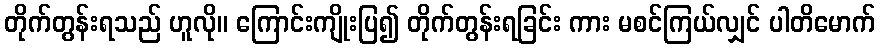
တိုက်တွန်းရသည် ဟူလို။ ကြောင်းကျိုးပြ၍ တိုက်တွန်းရခြင်း ကား မစင်ကြယ်လျှင် ပါတိမောက်